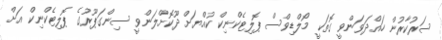
ސަރުކާރުން ހައްދަވަންވީ ގޮތަކީ މޯލްޑިވްސް ޕޮލިޓެކްނިކް ކުއްޔަށް ދޫކޮށްލަންވީ ސިންގަޕޫރުގެ ޕޮލިޓެކްނިކް އަށް